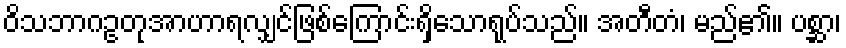
ဝိသဘာဂဥတုအာဟာရလျှင်ဖြစ်ကြောင်းရှိသောရုပ်သည်။ အတီတံ၊ မည်၏။ ပစ္ဆာ၊